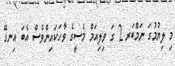
މި ލިޔުމުގަ ނަމްބަރ 2 ގަ ވިލިއަމް މެސީގެ ވާހަކައިންވެސް އެބަ އިނގޭ